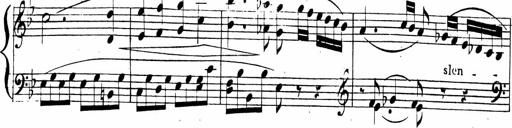
Title: 2 Piano Sonatinas
Composer: Ferdinand Ries